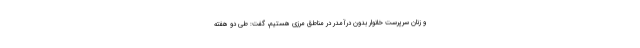
و زنان سرپرست خانوار بدون درآمدر در مناطق مرزی هستیم، گفت: طی دو هفته